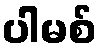
ပါမစ်